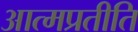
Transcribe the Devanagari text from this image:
आत्मप्रतीति